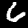
Label: 6